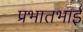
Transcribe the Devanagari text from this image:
प्रभातभाई